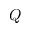
Q